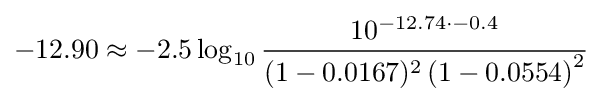
-12.90\approx -2.5\log _{10}{\frac {10^{-12.74\cdot -0.4}}{(1-0.0167)^{2}\left(1-0.0554\right)^{2}}}